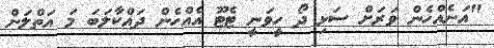
"އަނެއްހެން ވަރަށް ސަޅި ދޯ ހީވަނީ ޓެޓޫ އެއްހެން ދައްކާލަބަ މަ އަތްލަން